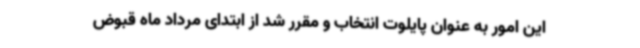
این امور به عنوان پایلوت انتخاب و مقرر شد از ابتدای مرداد ماه قبوض